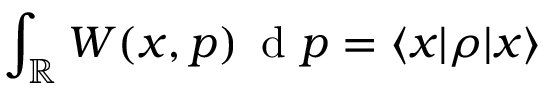
\int _ { \mathbb { R } } W ( x , p ) \, \mathrm { ~ d ~ } p = \langle x | \rho | x \rangle